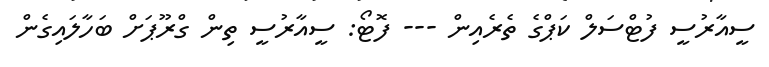
ސީއާރުސީ ފުޓްސަލް ކަޕްގެ ތެރެއިން --- ފޮޓޯ: ސީއާރުސީ ތިން ގްރޫޕަށް ބަހާލައިގެން